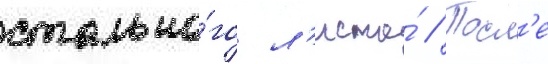
стально́го л'иста́ // Посл'е